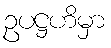
ဥပဋ္ဌဟိမှာ